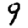
Digit: 9